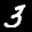
Label: 3